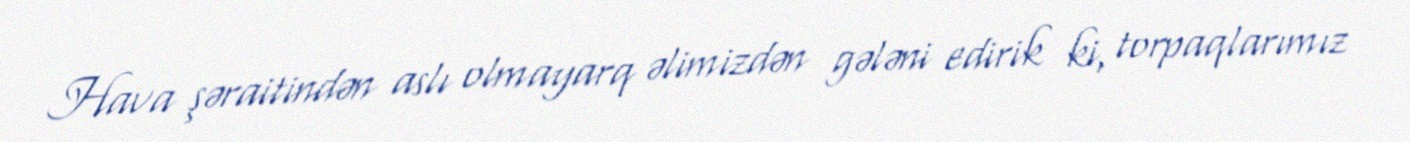
Hava şəraitindən aslı olmayarq əlimizdən gələni edirik ki, torpaqlarımız